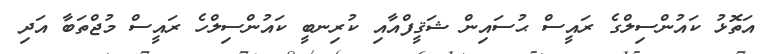
އަތޮޅު ކައުންސިލްގެ ރައީސް ޙުސައިން ޝަޤީފްއާއި ކުރިނބީ ކައުންސިލްހެ ރައީސް މުޖްތަބާ އަދި